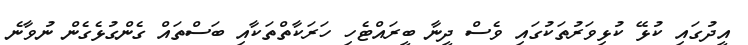
އީދުގައި ކުޅޭ ކުޅިވަރުތަކުގައި ވެސް ދީނާ ބީރައްޓެހި ހަރަކާތްތަކާއި ބަސްތައް ގެންގުޅެގެން ނުވާނެ